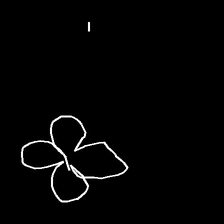
Glyph: billowing